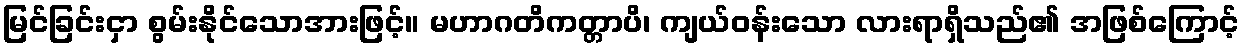
မြင်ခြင်းငှာ စွမ်းနိုင်သောအားဖြင့်။ မဟာဂတိကတ္တာပိ၊ ကျယ်ဝန်းသော လားရာရှိသည်၏ အဖြစ်ကြောင့်